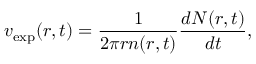
v _ { \mathrm { e x p } } ( r , t ) = \frac { 1 } { 2 \pi r n ( r , t ) } \frac { d N ( r , t ) } { d t } ,